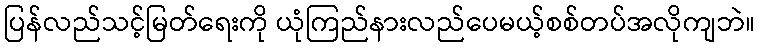
ပြန်လည်သင့်မြတ်ရေးကို ယုံကြည်နားလည်ပေမယ့်စစ်တပ်အလိုကျဘဲ။